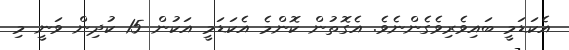
އެކަޑަމީ ބައިވެރިވެގެންނެވެ. އެގޮތުން ކޮންމެ އެކަޑަމީ އަކުން 15 ކުދިން ވަނީ މި